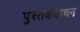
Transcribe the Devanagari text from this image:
पुस्तकवाचन